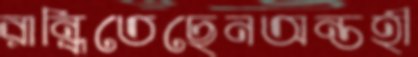
রান্ধিতেছেনঅন্তহী